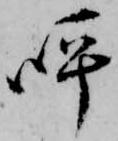
呼